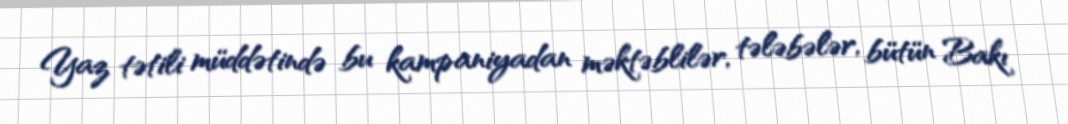
Yaz tətili müddətində bu kampaniyadan məktəblilər, tələbələr, bütün Bakı